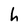
Character: h